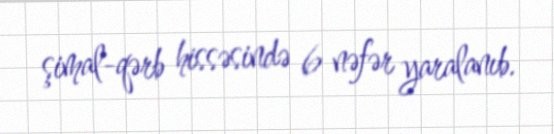
şimal-qərb hissəsində 6 nəfər yaralanıb.